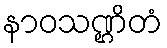
နာဝသဏ္ဌိတံ